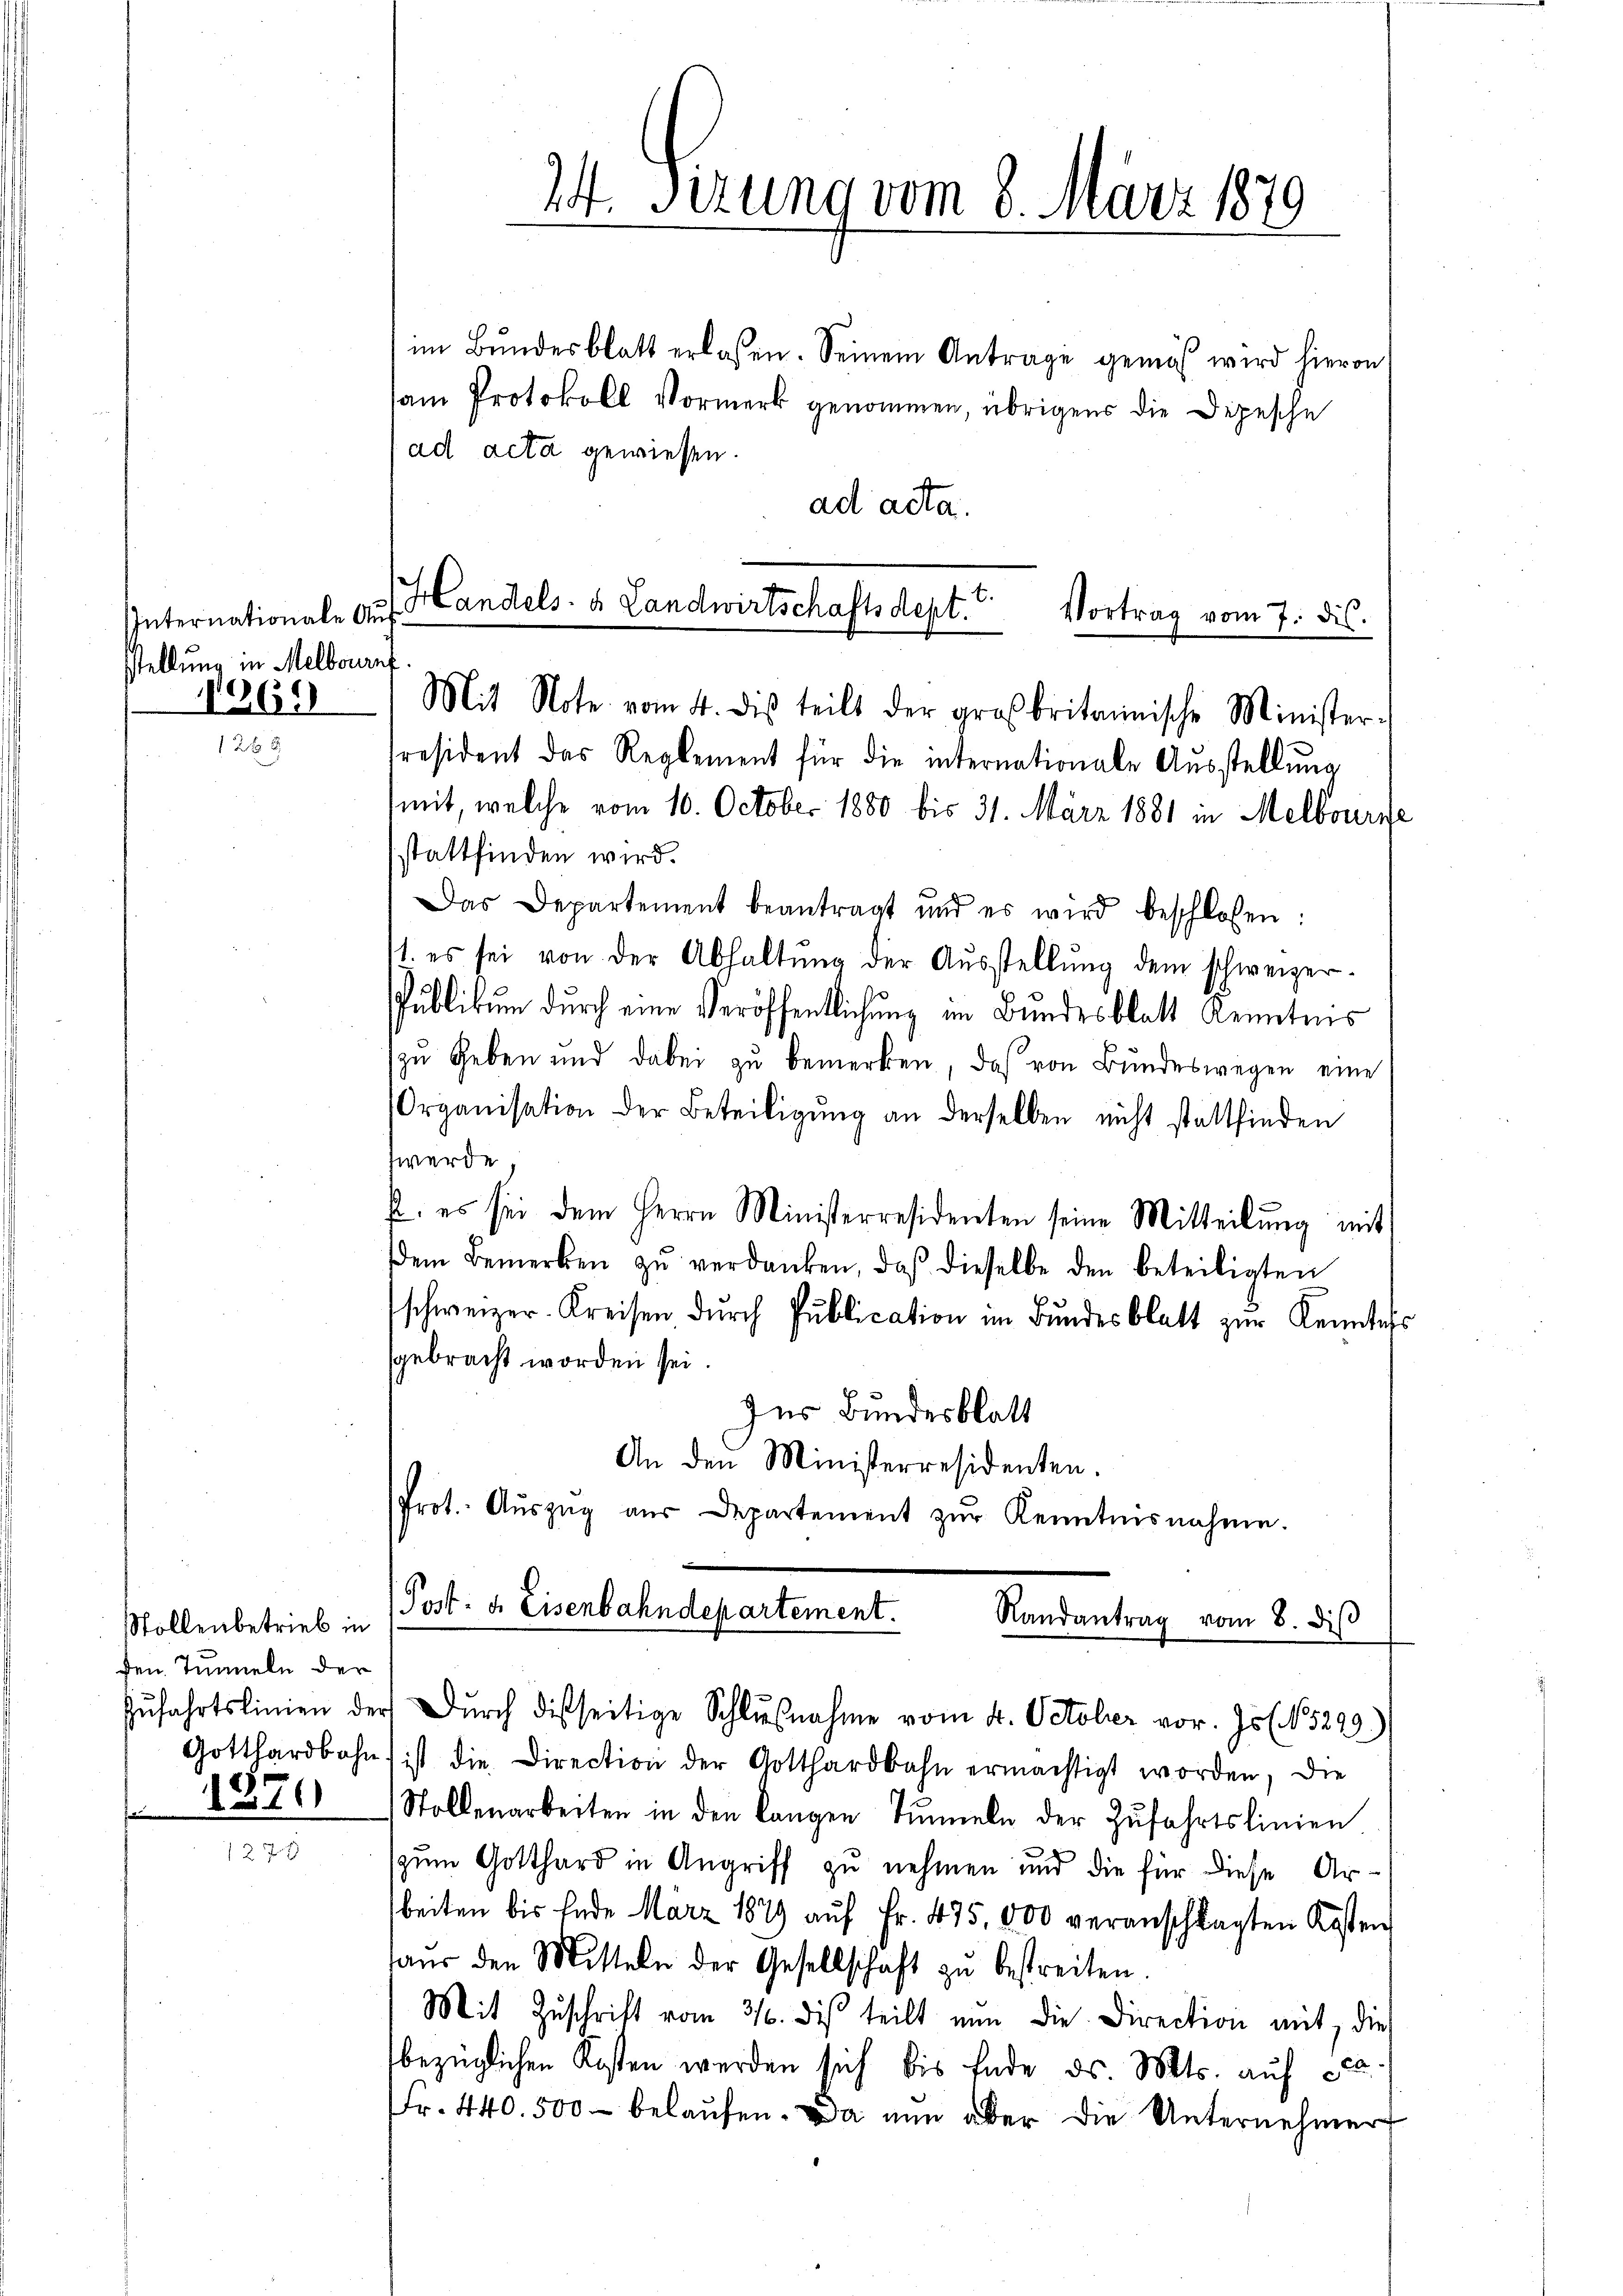
Internationale Aus
stellung in Melborauf
1299

Stollenbetrieb in
fen. Tunneln der
1879

im Bundesblatt erlassen. Seinem Antrage gemäß wird hievon
sam Protokoll Vormerk genommen, übrigens die Depesche
ad acta gewiesen.
ad acta.
President das Reglement für die internationale Aŭsstellŭng
mit, welche vom 10. October 1880 bis 31. März 1881 in Melbourse
stattfinden wird.
Das Departement beantragt und es wird beschlossen:
11. es sei von der Abhaltŭng der Aŭsstellŭng dem schweizer-
Publikum durch eine Veröffentlichung im Bundesblatt Kenntnis
zu geben und dabei zu bemerken, daß von Bundeswegen eine
Organisation der Beteiligung an derselben nicht stattfinden
fwerde.
f, es sei dem Herrn Ministerresidenten seine Mitteilŭng mit
dem Bemerken zŭ verdanken, daβ dieselbe den beteiligten
schweizer-Kreisen dŭrch Pŭblication im Bŭndesblatt zŭr Kenntn
sgebracht worden sei.
Ins Bundesblatt
An den Ministerresidenten.
Prot. Aŭszŭg aŭs Departement zŭr Kenntnisnahme.

74. Serung vom 8. März 1879

Handels- & Landwirtschaftsdept.
Vortrag vom 7. ds.
Mit Note vom 4. dis teilt der großbritannische Minister-

Post- u. Eisenbahndepartement.
Randantrag vom 8. diβ
Zŭfahrtslinien der Dŭrch disseitige Schlŭβnahme vom 4. October vor. Js. No. 5299)

Gotthardbahn ist die Direction der Gotthardbahn ermächtigt worden, die
Stollenarbeiten in den langen Timeln der Zŭfahrtslinien.
(zum Gotthard in Angriff zu nehmen und die für diese Arbeiten bis Ende März 1879 aŭf Fr. 475,000 veranschlagten Kosten
aŭs den Mitteln der Gesellschaft zŭ bestreiten.
Mit Zŭschrift vom 31. di teilt nŭn die Direction mit, die
bezüglichen Kosten werden sich bis Ende ds. Mts. auf 20
Fr. 440. 500 belaufen. Da nun aber die Unternehmer